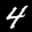
Label: 4